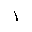
Letter: _alif